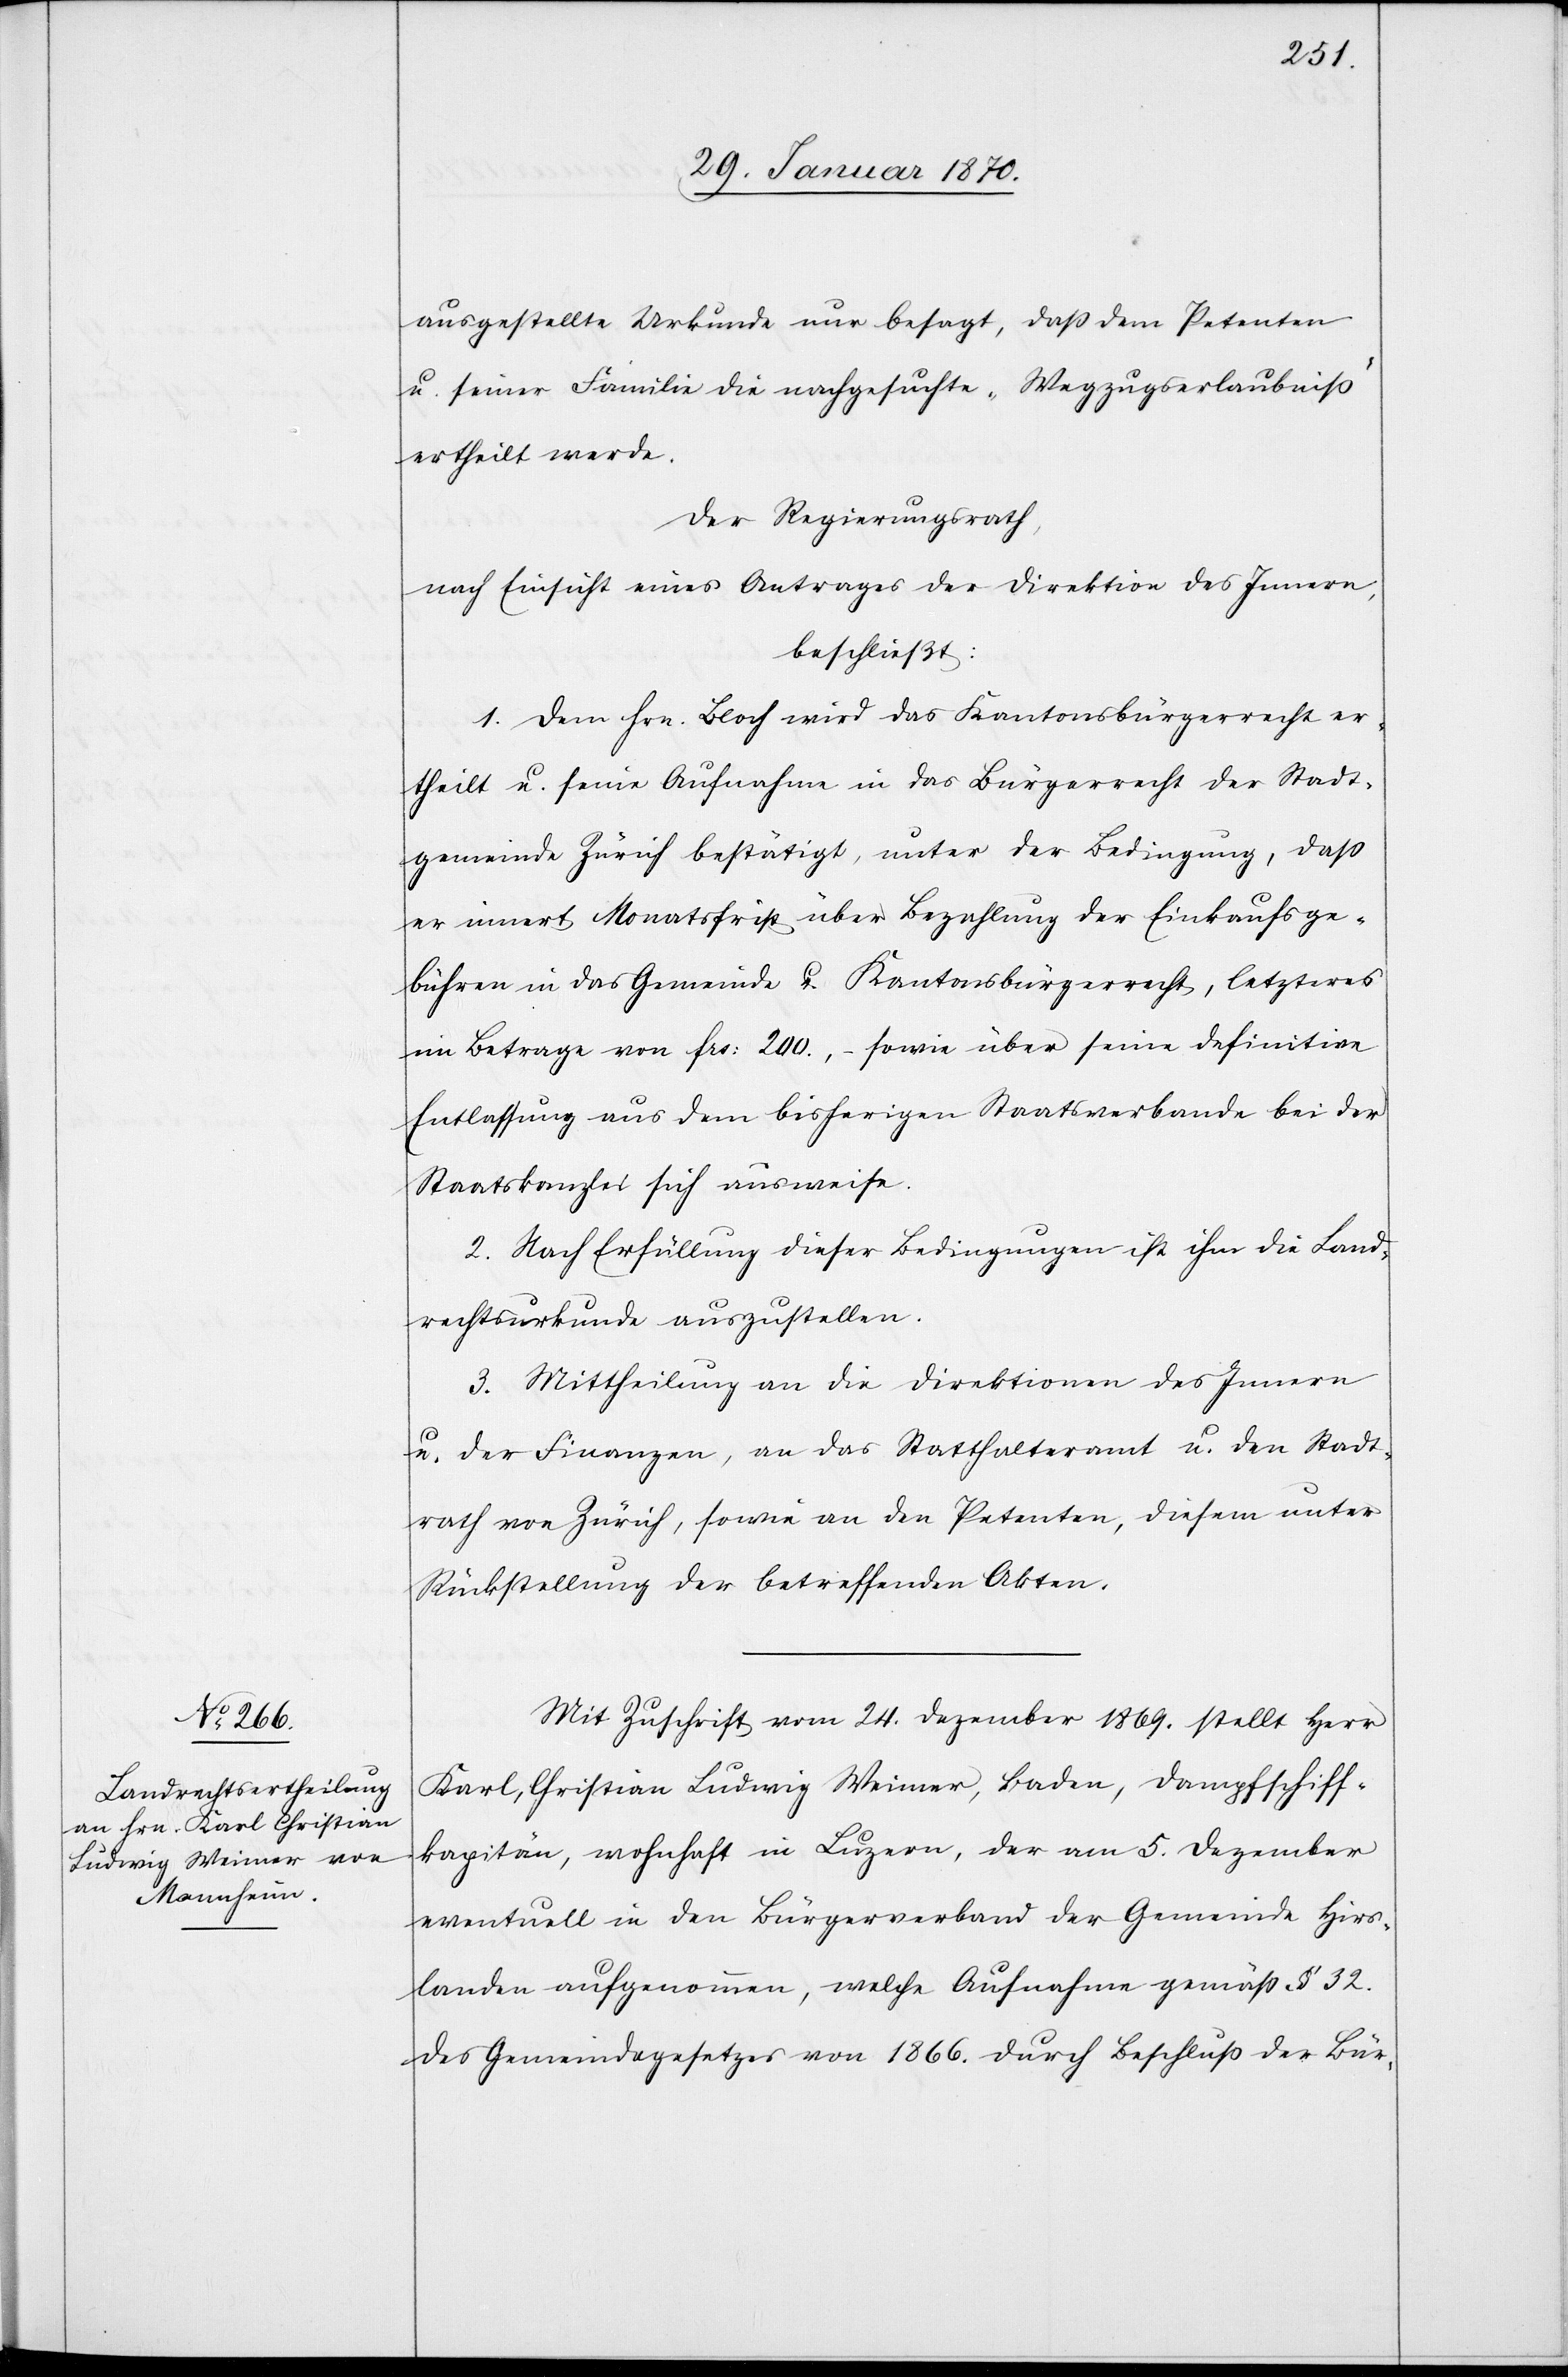
ausgestellte Urkunde nur besagt, daß dem Petenten
u. seiner Familie die nachgesuchte „Wegzugserlaubniß“
ertheilt werde.
Der Regierungsrath,
nach Einsicht eines Antrages der Direktion des Innern
beschließt:
1. Dem Hrn. Bloch wird das Kantonsbürgerrecht er¬
theilt u. seine Aufnahme in das Bürgerrecht der Stadt¬
gemeinde Zürich bestätigt, unter der Bedingung, daß
er innert Monatsfrist über Bezahlung der Einkaufsge¬
bühren in das Gemeinde[-] u. Kantonsbürgerrecht, letzteres
im Betrage von frs: 200., – sowie über seine definitive
Entlassung aus dem bisherigen Staatsverbande bei der
Staatskanzlei sich ausweise.
2. Nach Erfüllung dieser Bedingungen ist ihm die Land¬
rechtsurkunde auszustellen.
3. Mittheilung an die Direktionen des Innern
u. der Finanzen, an das Statthalteramt u. den Stadt¬
rath von Zürich, sowie an den Petenten, diesem unter
Rückstellung der betreffenden Akten.
Mit Zuschrift vom 24. Dezember 1869. stellt Herr
Karl Christian Ludwig Weimer, Baden, Dampfschiff¬
kapitän, wohnhaft in Luzern, der am 5. Dezember
eventuell in den Bürgerverband der Gemeinde Hirs¬
landen aufgenommen, welche Aufnahme gemäß § 32.
des Gemeindegesetzes von 1866. durch Beschluß der Bür-